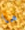
ما